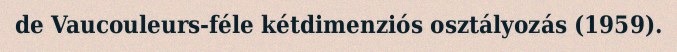
de Vaucouleurs-féle kétdimenziós osztályozás (1959).